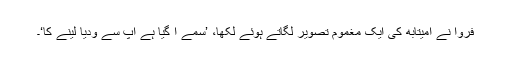
فروا نے امیتابھ کی ایک مغموم تصویر لگاتے ہوئے لکھا، ’سمے آ گیا ہے آپ سے ودیا لینے کا‘۔